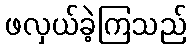
ဖလှယ်ခဲ့ကြသည်